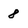
Character: 8